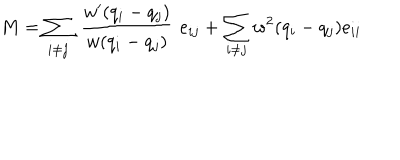
LaTeX: M = \sum _ { i \neq j } \, \, \frac { w ^ { \prime } ( q _ { i } - q _ { j } ) } { w ( q _ { i } - q _ { j } ) } \, \, e _ { i j } + \sum _ { i \neq j } w ^ { 2 } ( q _ { i } - q _ { j } ) e _ { i i }